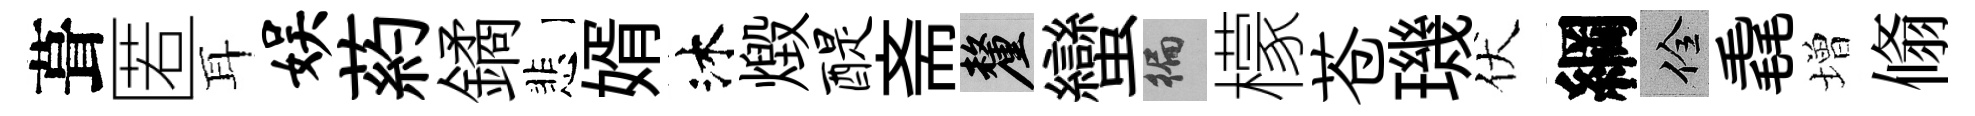
葺匿耳娱葯鐍悲婿沐燬醍斋厘蠻徧檬苍璣伏綱佺毳増翛